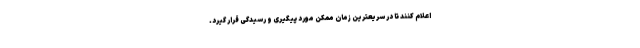
اعلام کنند تا در سریعترین زمان ممکن مورد پیگیری و رسیدگی قرار گیرد.